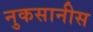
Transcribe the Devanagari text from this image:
नुकसानीस